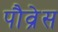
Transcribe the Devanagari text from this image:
पौव्रेस